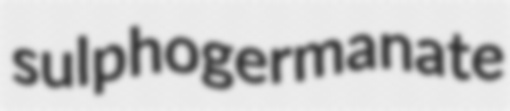
sulphogermanate